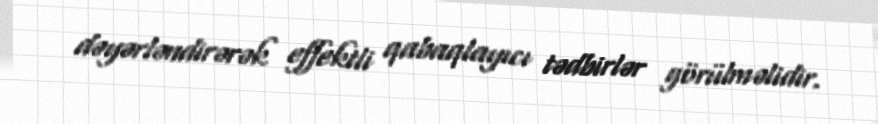
dəyərləndirərək effektli qabaqlayıcı tədbirlər görülməlidir.